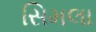
સિમલા